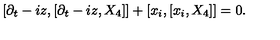
[ \partial _ { t } - i z , [ \partial _ { t } - i z , X _ { 4 } ] ] + [ x _ { i } , [ x _ { i } , X _ { 4 } ] ] = 0 .